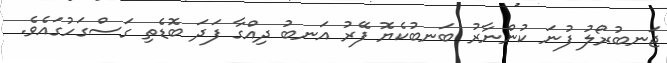
ޖަނބުރޯލު ފުނަ ކުންނާރު ބަނބުކެޔޮ ފޭރު އަނބު ދިއްގާ ފަދަ ބޮޑެތި ގަސްގަހުގައެވެ.